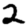
Digit: 2